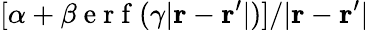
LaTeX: [\alpha+\beta\mathrm{~e~r~f~}(\gamma|\mathbf{r}-\mathbf{r}^{\prime}|)]/|\mathbf{r}-\mathbf{r}^{\prime}|